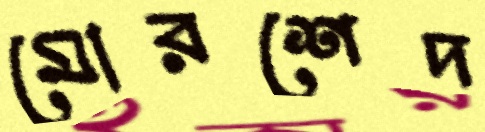
মোরশেদ